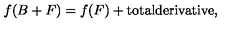
f ( B + F ) = f ( F ) + \mathrm { t o t a l d e r i v a t i v e } ,